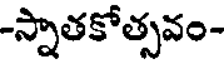
-స్నాతకోత్సవం-